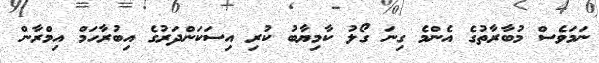
ނަމަވެސް މުބާރާތުގެ އެންމެ ގިނަ ގޯލު ކާމިޔާބު ކުރި އިސަކަންދަރުގެ އިބުރާހަމް އިމްރާން